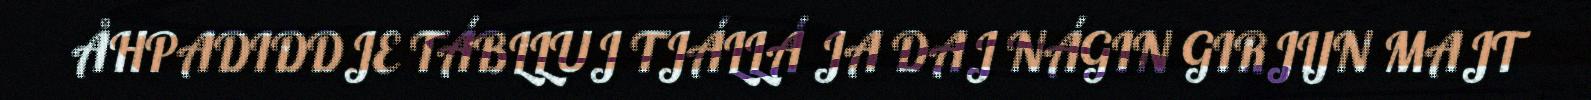
ÅHPADIDDJE TÁBLLUJ TJÁLLÁ JA DAJ NÁGIN GIRJIJN MAJT